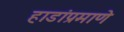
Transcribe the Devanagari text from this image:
हाडांप्रमाणे